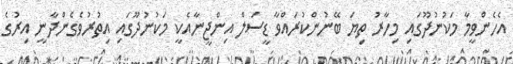
އެހެންވީމާ މަކުނުދޫގައި މިހާރު ތިޔަ ބޭނުންކުރައްވާ ޑީސަލް އިންޖީނާއެކީ މަކުނުދޫގައި އިތުރުވެގެންދާނީ އިރުގެ